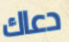
دعاك